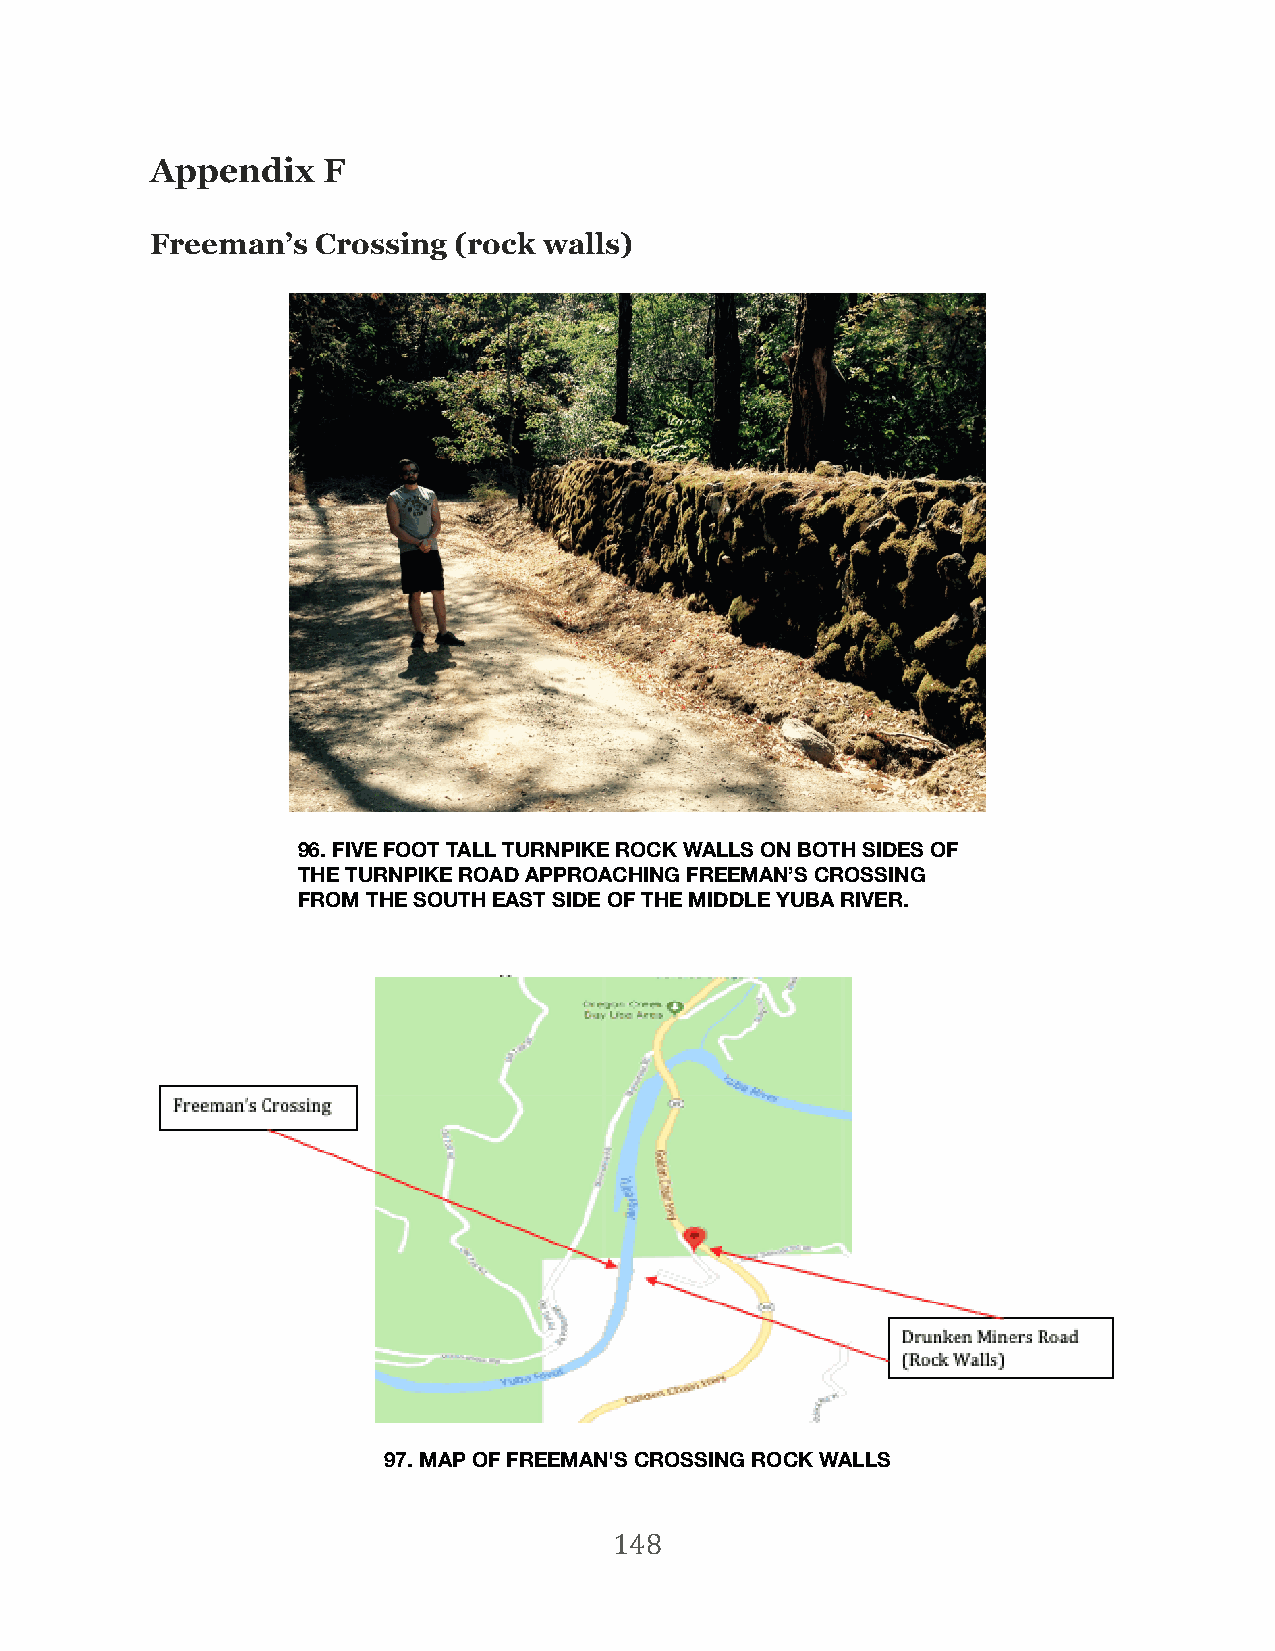
Appendix   F
 Freeman’s  Crossing (rock walls)
 96. FIVE FOOT TALL TURNPIKE ROCK WALLS ON BOTH SIDES OF
 THE TURNPIKE ROAD APPROACHING FREEMAN’S CROSSING
 FROM THE SOUTH EAST SIDE OF THE MIDDLE YUBA RIVER.
 97. MAP OF FREEMAN'S CROSSING ROCK WALLS
 148